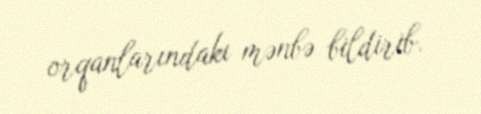
orqanlarındakı mənbə bildirib.